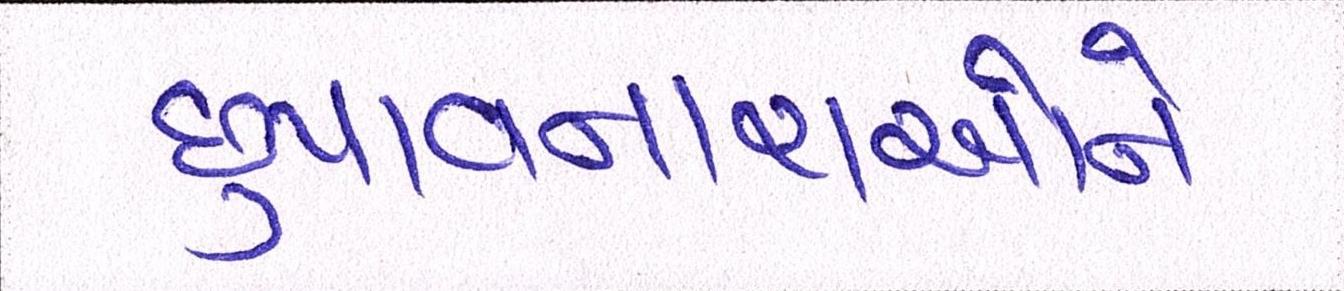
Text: છુપાવનારાઓને